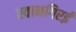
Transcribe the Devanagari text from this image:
स्वानगिरई